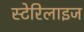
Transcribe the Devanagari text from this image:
स्टेरिलाइज